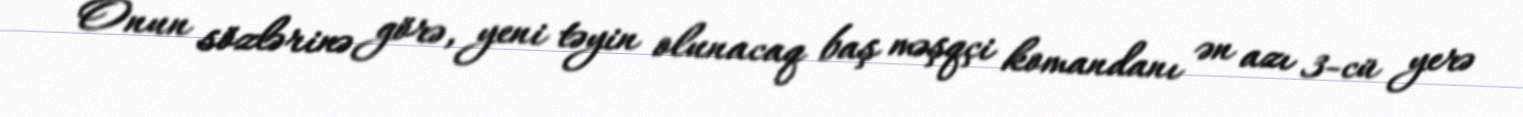
Onun sözlərinə görə, yeni təyin olunacaq baş məşqçi komandanı ən azı 3-cü yerə